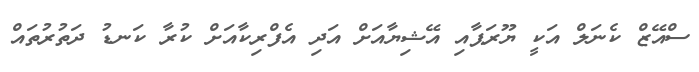
ސްއޭޒް ކެނަލް އަކީ ޔޫރަޕާއި އޭޝިޔާއަށް އަދި އެފްރިކާއަށް ކުރާ ކަނޑު ދަތުރުތައް